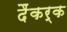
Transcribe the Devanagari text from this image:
दैंकर्क